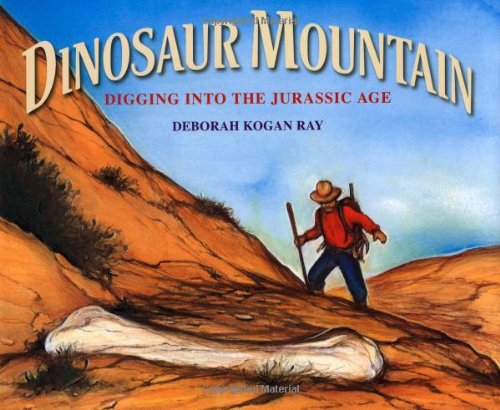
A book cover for Dinosaur Mountain: Digging into the Jurassic Age; Deborah Kogan Ray; Children's Books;